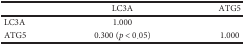
|  | LC3A | ATG5 |
 | --- | --- | --- |
 | LC3A | 1.000 |  |
 | ATG5 | 0.300 (p < 0.05) | 1.000 |